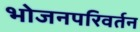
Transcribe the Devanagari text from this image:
भोजनपरिवर्तन